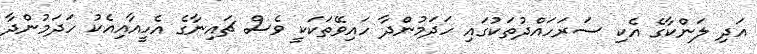
އަދި ލަންކާގެ އެކި ސަރަހައްދުތަކުގައި ހަދަމުންދާ ހައިވޭތަކަކީ ވެސް ޗައިނާގެ އެހީއާއިއެކު ހަދަމުންދާ